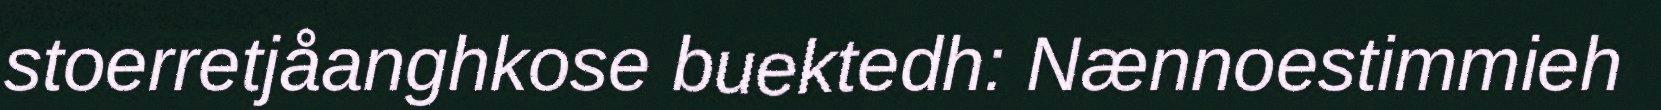
stoerretjåanghkose buektedh: Nænnoestimmieh